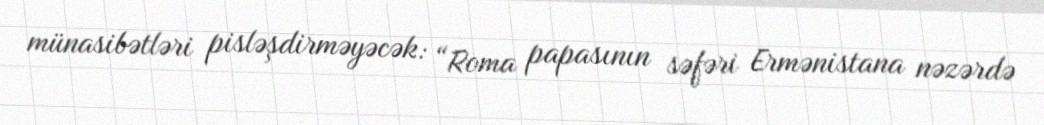
münasibətləri pisləşdirməyəcək: “Roma papasının səfəri Ermənistana nəzərdə